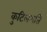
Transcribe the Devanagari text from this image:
कुटिलमति